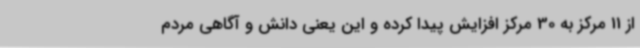
از 11 مرکز به 30 مرکز افزایش پیدا کرده و این یعنی دانش و آگاهی مردم